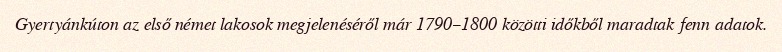
Gyertyánkúton az első német lakosok megjelenéséről már 1790–1800 közötti időkből maradtak fenn adatok.